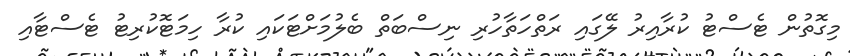
މިގޮތުން ޓެސްޓު ކުރާއިރު ލޭގައި ރަތްހަތާހުރި ނިސްބަތް ބެލުމަށްޓަކައި ކުރާ ހިމަޓޮކުރިޓު ޓެސްޓާއި